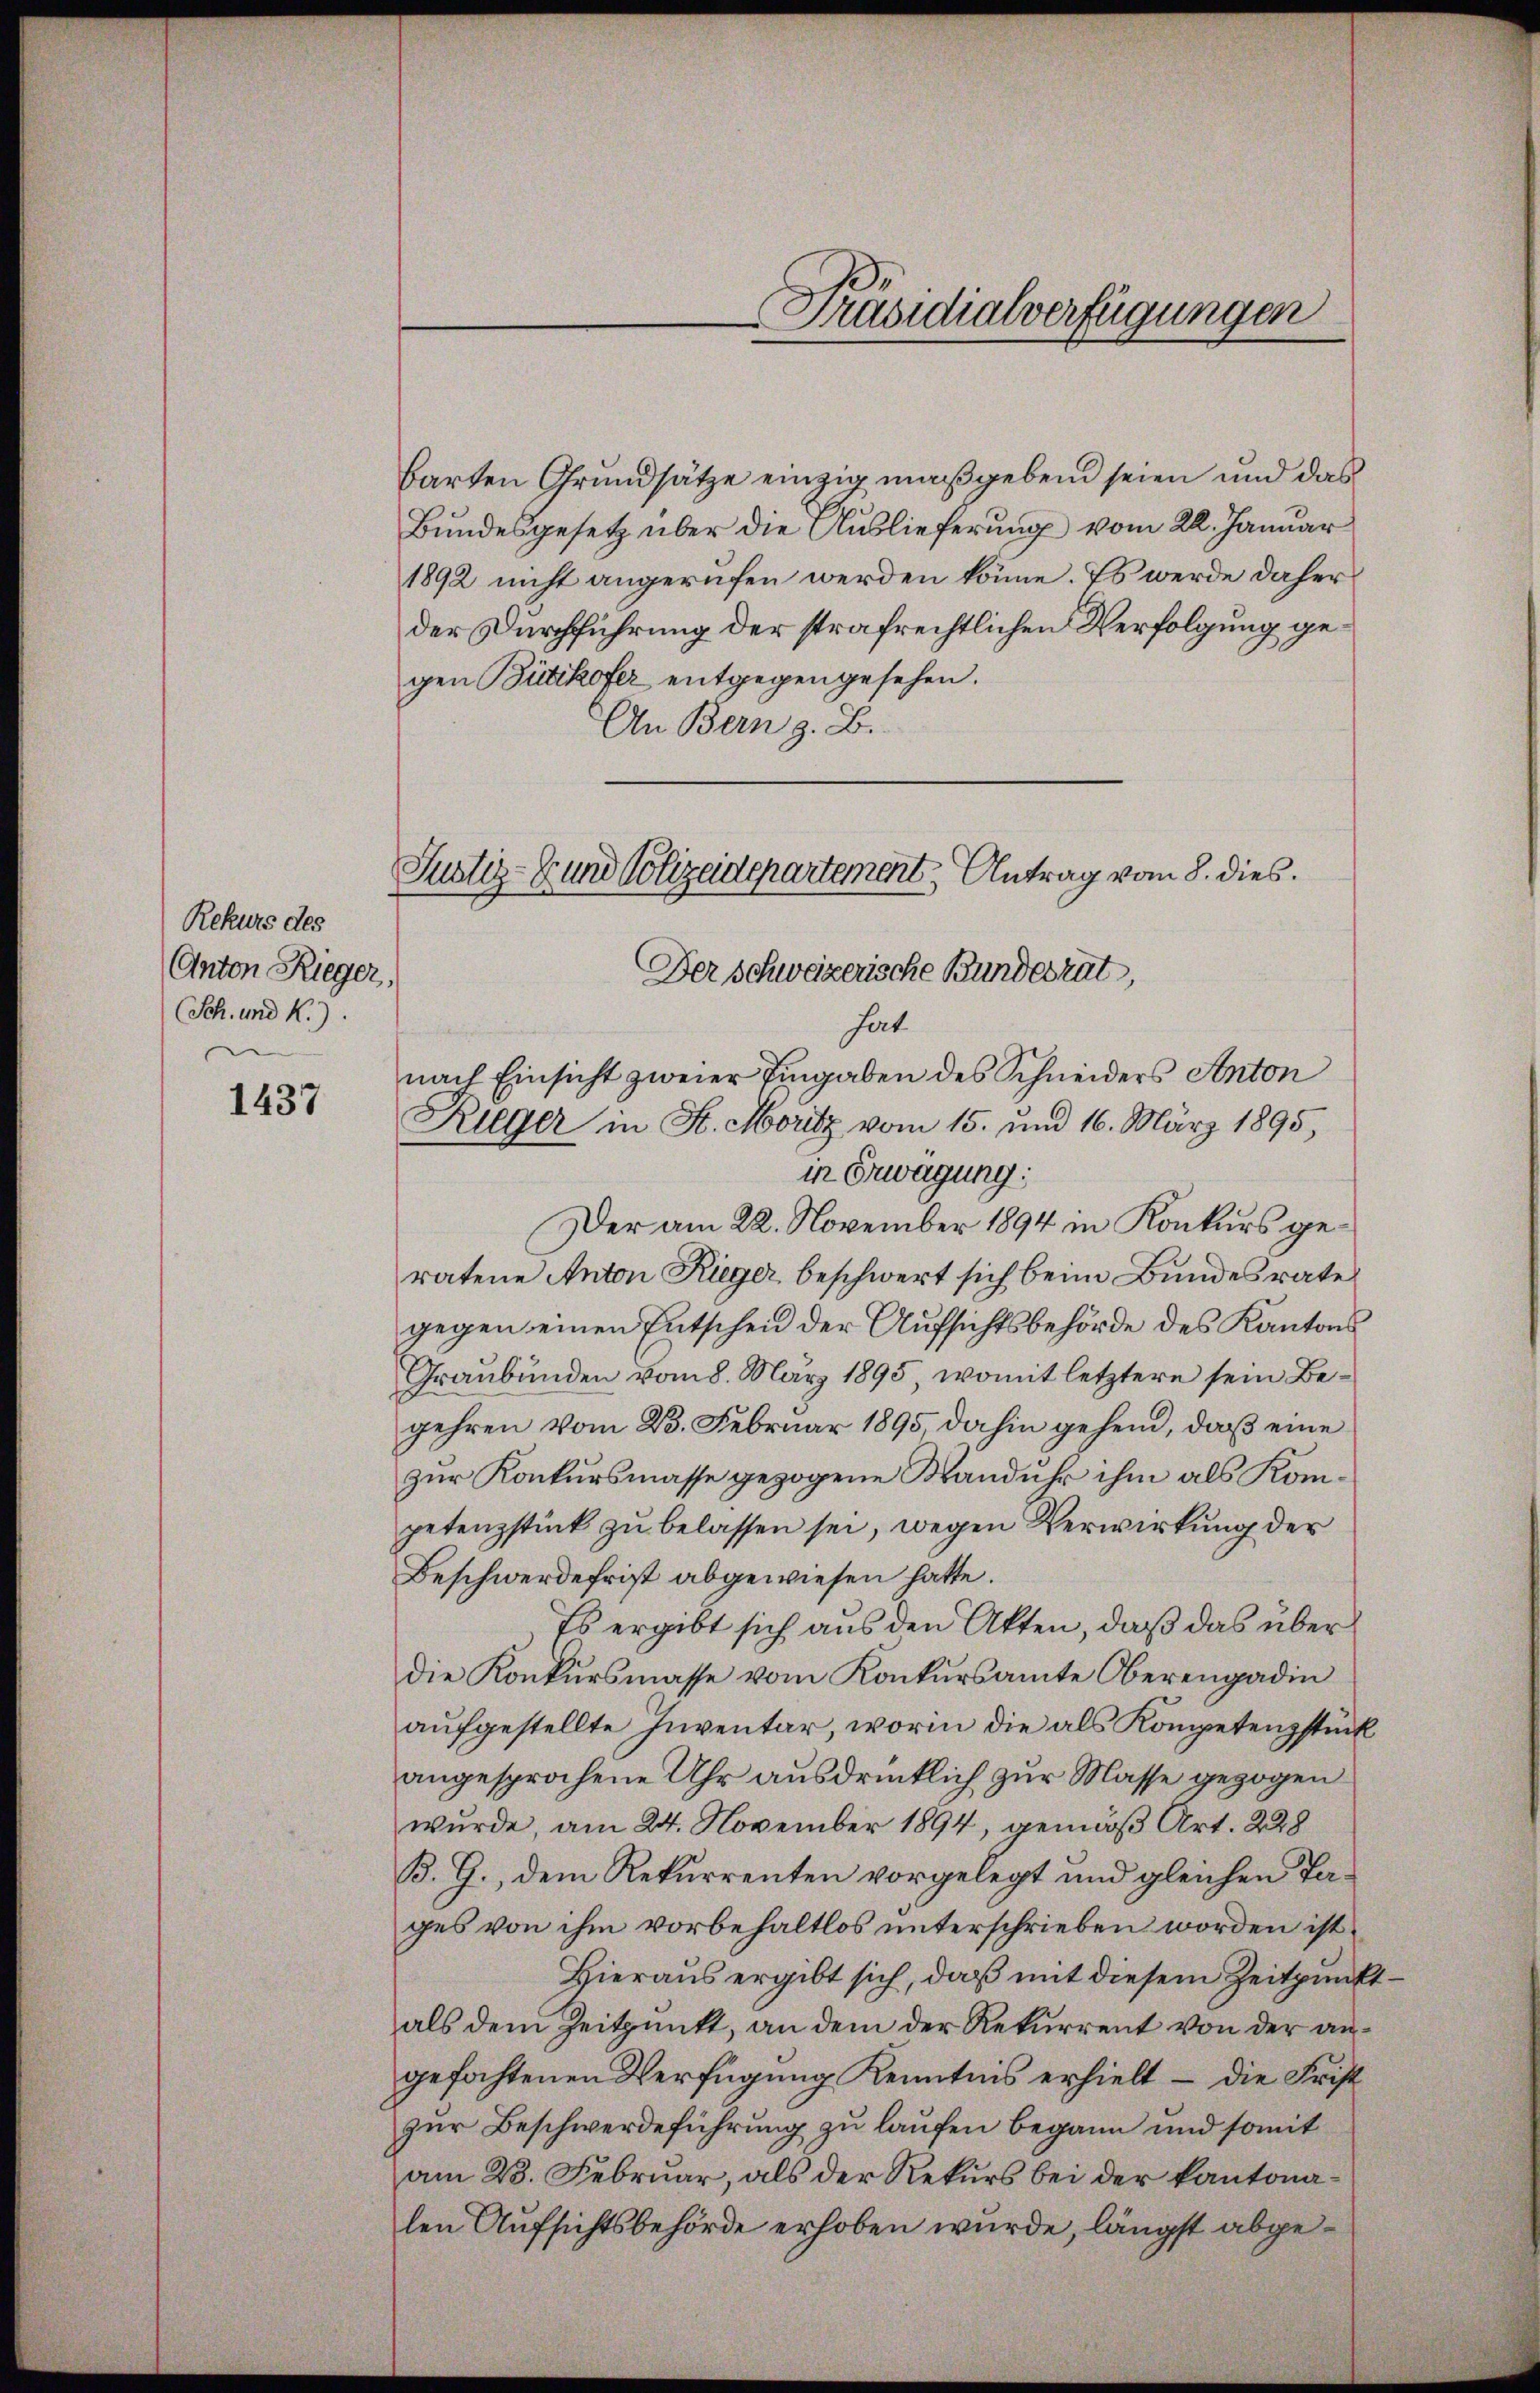
Rekurs des
Anton Rieger,
Sch. und K.).

1437

barten Grundsätze einzig maßgebend seien und das
Bundesgesetz über die Auslieferung vom 22. Januar
1892 nicht angerufen werden könne. Es werde daher
der Durchführung der strafrechtlichen Verfolgung gegen Bütikofer entgegen gesehen.
An Bern z. B.
Der schweizerische Bundesrat,
hat
nach Einsicht zweier Eingaben des Schneiders Anton
Ruger in K. Moritz vom 15. und 16. März 1895,
in Erwägung;
Der am 22. November 1894 in Konkurs geratene Anton Rieger beschwert sich beim Bundesrate
gegen einen Entscheid der Aufsichtsbehörde des Kantons
Graubünden vom 8. März 1895, womit letztere sein Begehren vom 23. Februar 1895, dahin gehend, daß eine
zur Konkursmasse gezogene Wanduhr ihm als Kompetenzstück zu belassen sei, wegen Verwirkung der
Beschwerde frist abgewiesen hatte.
Es ergibt sich aus den Akten, daß das über
die Konkursmasse vom Konkursamte Oberengadin
aufgestellte Inventar, worin die als Kompetenzstück
angesprochene Uhr ausdrücklich zur Masse gezogen
wurde, am 24. November 1894, gemäß Art. 228
B. G., dem Rekurrenten vorgelegt und gleichen Tages von ihm vorbehaltlos unterschrieben worden ist,
Hieraus ergibt sich, daß mit diesem Zeitpunktals dem Zeitpunkt, an dem der Rekurrent von der angefochtenen Verfügung Kenntnis erhielt – die Frist
zur Beschwerdeführung zu laufen begann und somit
am 23. Februar, als der Rekurs bei der kantonalen Aufsichtsbehörde erhoben wurde, längst abge¬

Justiz- und Polizeidepartement Antrag vom 8. dies

Präsidialverfügungen